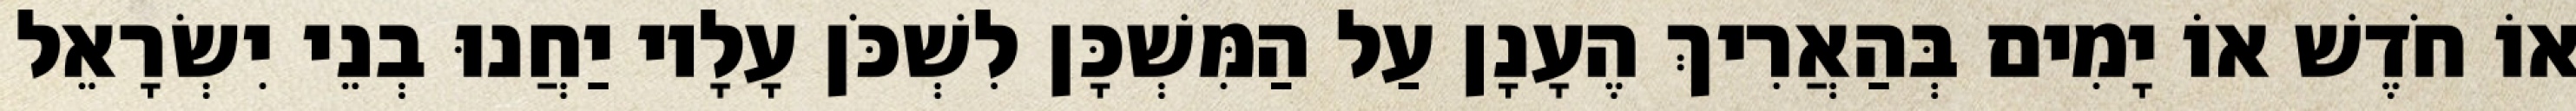
אוֹ חֹדֶשׁ אוֹ יָמִים בְּהַאֲרִיךְ הֶעָנָן עַל הַמִּשְׁכָּן לִשְׁכֹּן עָלָיו יַחֲנוּ בְנֵי יִשְׂרָאֵל